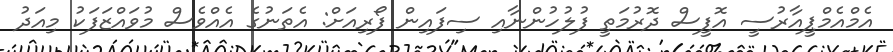
އެމްއެމްޕީއާރުސީ އޮފީސް ދޮރުމަތީ ފުލުހުންނާއި ސިފައިން ފޯރިއަށް: އެތަނުގެ އެއްވެސް މުވައްޒަފަކު މިއަދު